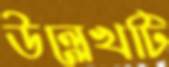
উল্লেখটি